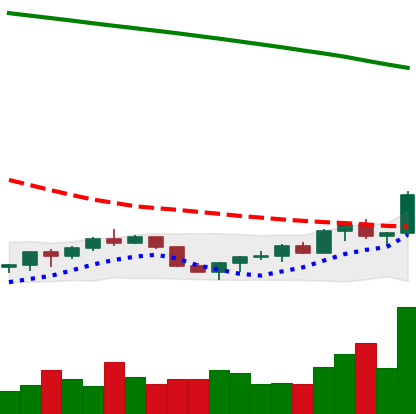
Ticker: EOS-USD
Chart end date: 2022-07-22
Forward return: 6.357%
Label: up_5_7